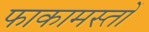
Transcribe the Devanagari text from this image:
फाकामस्तों